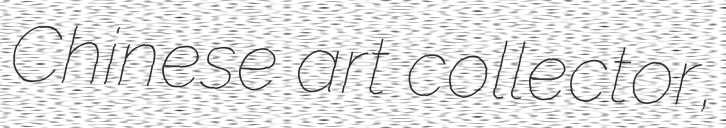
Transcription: Chinese art collector,